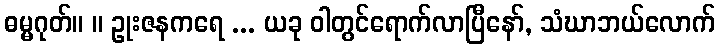
ဓမ္မဂုတ်။ ။ ဥုးဇနကရေ ... ယခု ဝါတွင်ရောက်လာပြီနော်, သံဃာဘယ်လောက်